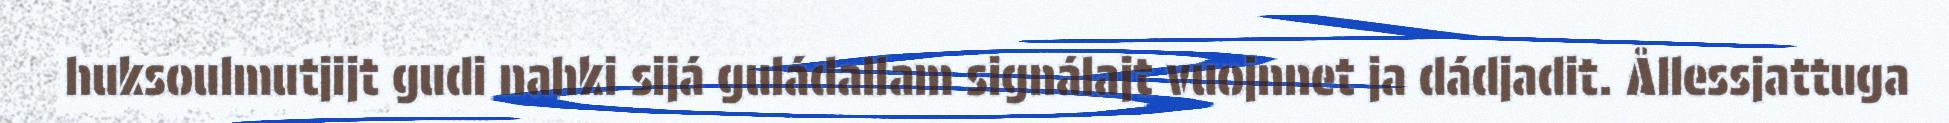
huksoulmutjijt gudi nahki sijá guládallam signálajt vuojnnet ja dádjadit. Ållessjattuga